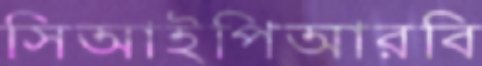
সিআইপিআরবি